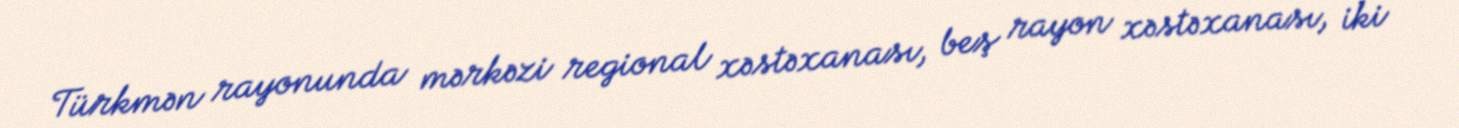
Türkmən rayonunda mərkəzi regional xəstəxanası, beş rayon xəstəxanası, iki